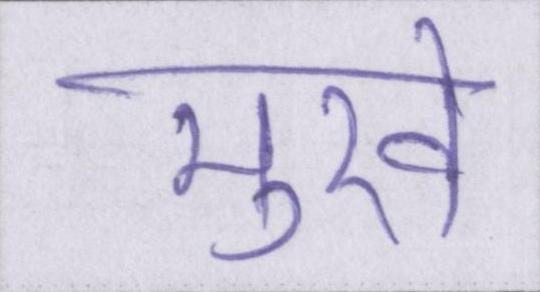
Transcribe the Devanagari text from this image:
मुखे